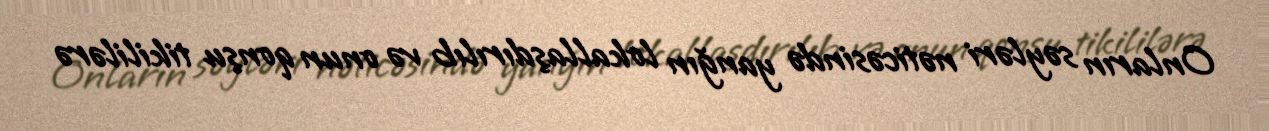
Onların səyləri nəticəsində yanğın lokallaşdırılıb və onun qonşu tikililərə